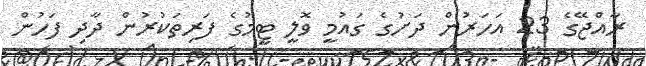
ރާއްޖޭގެ 23 އަހަރުން ދަށުގެ ގައުމީ ވޮލީ ޓީމުގެ ފަރިތަކުރުން ދާދި ފަހުން